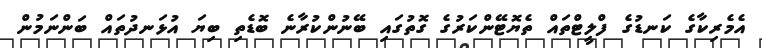
އެމެރިކާގެ ކަނޑުގެ ފްލީޓްތައް ތެޔޮޓޭންކަރުގެ ގޮތުގައި ބޭނުންކުރާނެ ބޮޑެތި ބިޔަ އުޅަނދުތައް ބަންނަމުން